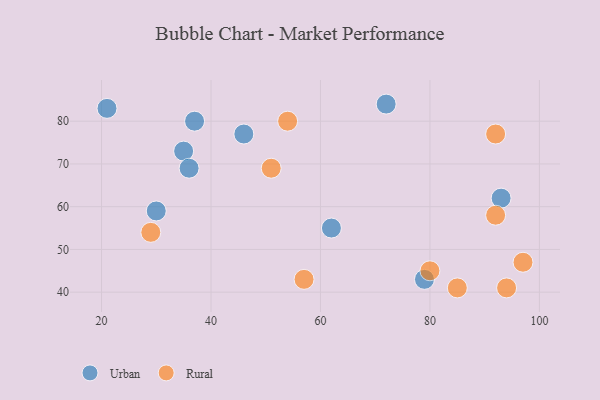
{"axis": {"x": "GDP", "y": "Life Expectancy"}, "legend": ["Rural", "Urban"], "data": [{"x": "79", "y": 43, "type": "Urban"}, {"x": "72", "y": 84, "type": "Urban"}, {"x": "35", "y": 73, "type": "Urban"}, {"x": "30", "y": 59, "type": "Urban"}, {"x": "36", "y": 69, "type": "Urban"}, {"x": "93", "y": 62, "type": "Urban"}, {"x": "37", "y": 80, "type": "Urban"}, {"x": "46", "y": 77, "type": "Urban"}, {"x": "21", "y": 83, "type": "Urban"}, {"x": "62", "y": 55, "type": "Urban"}, {"x": "92", "y": 77, "type": "Rural"}, {"x": "51", "y": 69, "type": "Rural"}, {"x": "54", "y": 80, "type": "Rural"}, {"x": "94", "y": 41, "type": "Rural"}, {"x": "57", "y": 43, "type": "Rural"}, {"x": "80", "y": 45, "type": "Rural"}, {"x": "29", "y": 54, "type": "Rural"}, {"x": "97", "y": 47, "type": "Rural"}, {"x": "85", "y": 41, "type": "Rural"}, {"x": "92", "y": 58, "type": "Rural"}]}